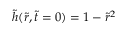
\tilde { h } ( \tilde { r } , \tilde { t } = 0 ) = 1 - \tilde { r } ^ { 2 }